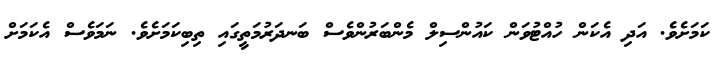
ކަމަށެވެ. އަދި އެކަން ހުއްޓުވަން ކައުންސިލް މެންބަރުންވެސް ބަނދަރުމަތީގައި ތިބިކަމަށެވެ. ނަމަވެސް އެކަމަށް